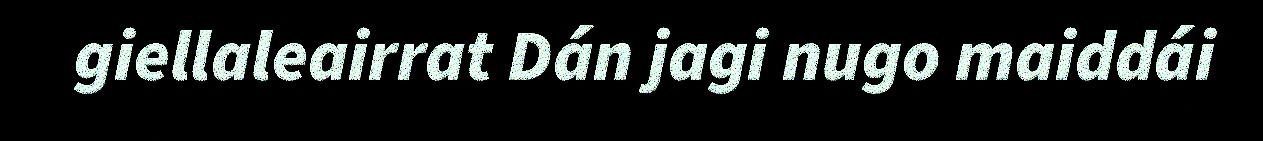
giellaleairrat Dán jagi nugo maiddái